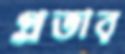
প্রভার